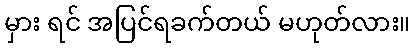
မှား ရင် အပြင်ရခက်တယ် မဟုတ်လား။